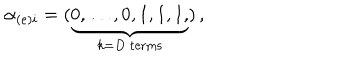
LaTeX: \alpha _ { ( e ) i } = ( \underbrace { 0 , \dots , 0 , 1 , 1 , 1 , } _ { k = D \mathrm { ~ t e r m s } } ) \, ,